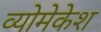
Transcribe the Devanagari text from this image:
व्योमेकेश